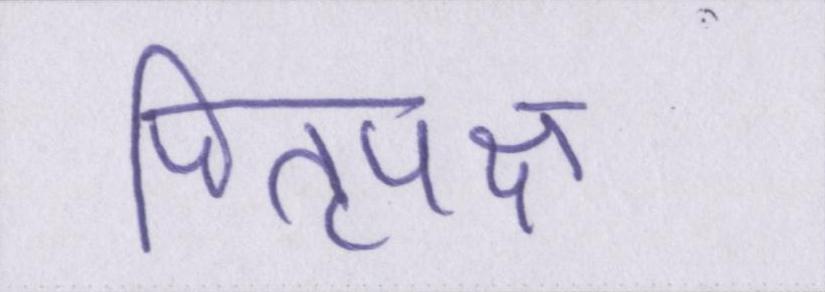
पितृपक्ष